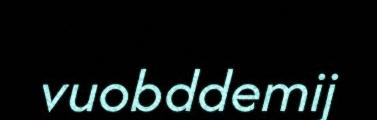
vuobddemij